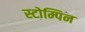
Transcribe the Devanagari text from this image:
स्टोम्पिन